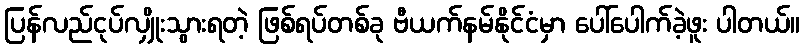
ပြန်လည်ငုပ်လျှိုးသွားရတဲ့ ဖြစ်ရပ်တစ်ခု ဗီယက်နမ်နိုင်ငံမှာ ပေါ်ပေါက်ခဲ့ဖူး ပါတယ်။